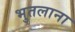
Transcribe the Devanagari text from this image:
भुतलाना